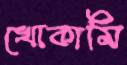
খোকামি